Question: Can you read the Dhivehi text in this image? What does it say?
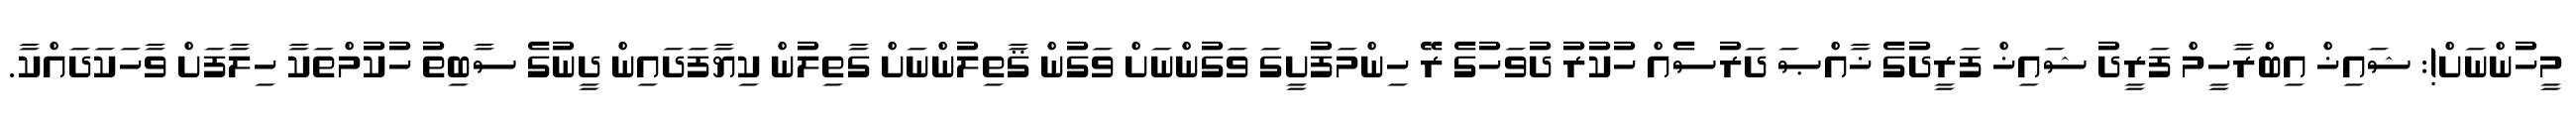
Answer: މީހުންނަށް!: ޝައިޚް އިބްރާހީމް ފަރީދު ޝައިޚް ފަރީދުގެ ޚާއްޞަ ދަރުސެއް ހުކުރު ދުވަހުގެ ރޭ ހިންމަފުށީގަ ވަގުންނަށް ވަގުން ޤާތިލުންނަށް ގާތިލުން ކިޔާފަދައިން ދީނުގެ ސާބިތު ހުކުމްތަކާ ހިލާފަށް ވާހަކަދައްކާ.